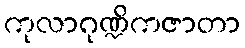
ကုလာဂုဏ္ဍိကဇာတာ